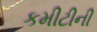
કમીટીની